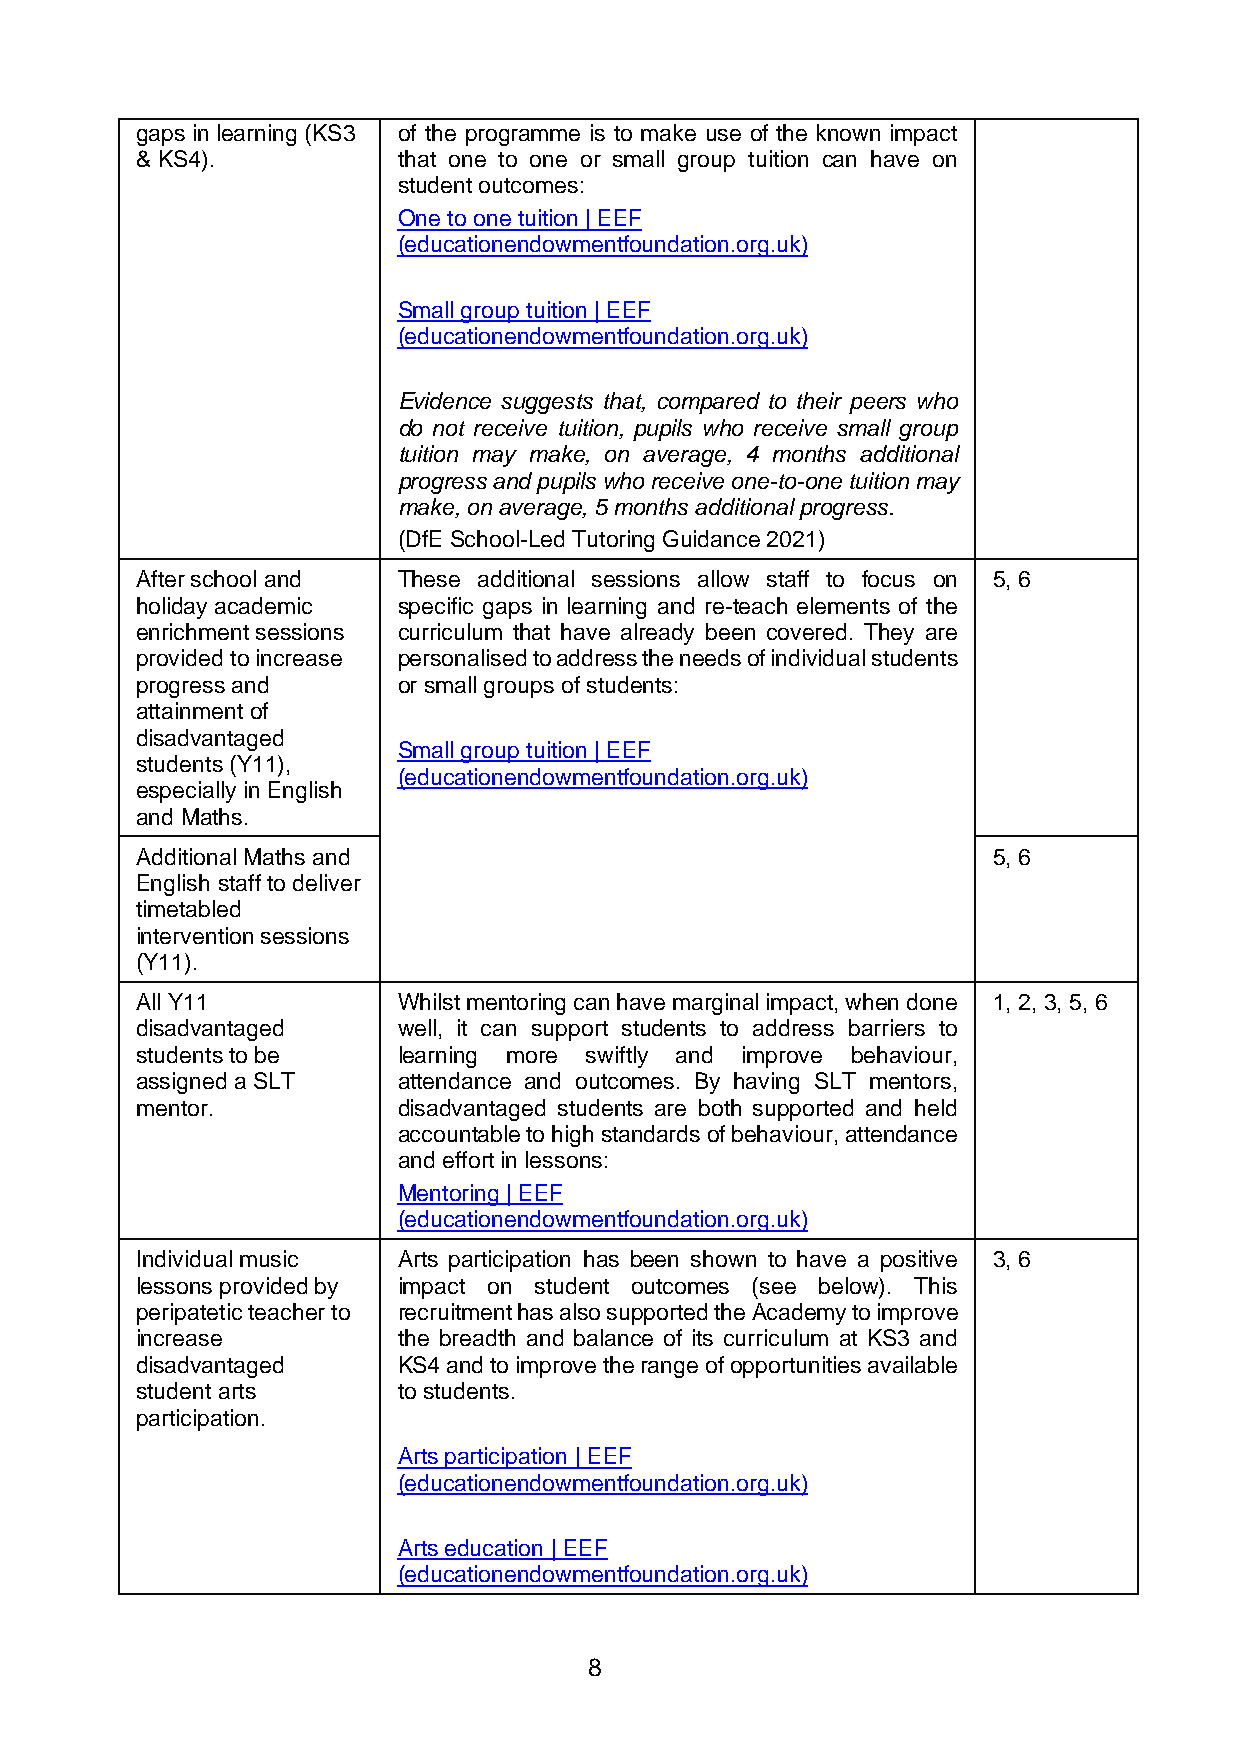
gaps in learning (KS3 of the programme is to make use of the known impact
 & KS4).          that one to one or small group tuition can have on
 student outcomes:
 One to one tuition | EEF
 (educationendowmentfoundation.org.uk)
 Small group tuition | EEF
 (educationendowmentfoundation.org.uk)
 Evidence suggests that, compared to their peers who
 do not receive tuition, pupils who receive small group
 tuition may make, on average, 4 months additional
 progress and pupils who receive one-to-one tuition may
 make, on average, 5 months additional progress.
 (DfE School-Led Tutoring Guidance 2021)
 After school and These additional sessions allow staff to focus on 5, 6
 holiday academic specific gaps in learning and re-teach elements of the
 enrichment sessions curriculum that have already been covered. They are
 provided to increase personalised to address the needs of individual students
 progress and     or small groups of students:
 attainment of
 disadvantaged
 Small group tuition | EEF
 students (Y11),
 (educationendowmentfoundation.org.uk)
 especially in English
 and Maths.
 Additional Maths and                                     5, 6
 English staff to deliver
 timetabled
 intervention sessions
 (Y11).
 All Y11          Whilst mentoring can have marginal impact, when done 1, 2, 3, 5, 6
 disadvantaged    well, it can support students to address barriers to
 students to be   learning more swiftly and improve behaviour,
 assigned a SLT   attendance and outcomes. By having SLT mentors,
 mentor.          disadvantaged students are both supported and held
 accountable to high standards of behaviour, attendance
 and effort in lessons:
 Mentoring | EEF
 (educationendowmentfoundation.org.uk)
 Individual music Arts participation has been shown to have a positive 3, 6
 lessons provided by impact on student outcomes (see below). This
 peripatetic teacher to recruitment has also supported the Academy to improve
 increase         the breadth and balance of its curriculum at KS3 and
 disadvantaged    KS4 and to improve the range of opportunities available
 student arts     to students.
 participation.
 Arts participation | EEF
 (educationendowmentfoundation.org.uk)
 Arts education | EEF
 (educationendowmentfoundation.org.uk)
 8